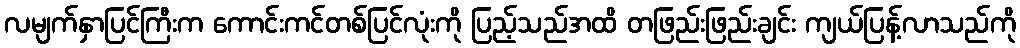
လမျက်နှာပြင်ကြီးက ကောင်းကင်တစ်ပြင်လုံးကို ပြည့်သည်အထိ တဖြည်းဖြည်းချင်း ကျယ်ပြန့်လာသည်ကို